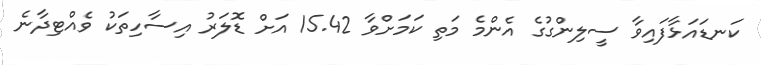
ކަނޑައަޅާފައިވާ ސީލިންގުގެ އެންމެ މަތި ކަމަށްވާ 15.42 އަށް ޑޮލަރު އިސާހިތަކު ވެއްޓިދާނެ